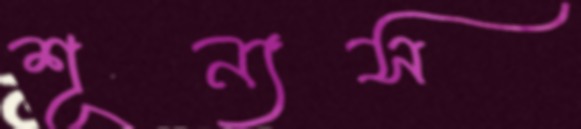
শূন্যস